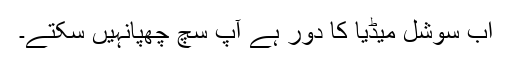
اب سوشل میڈیا کا دور ہے آپ سچ چھپانہیں سکتے۔